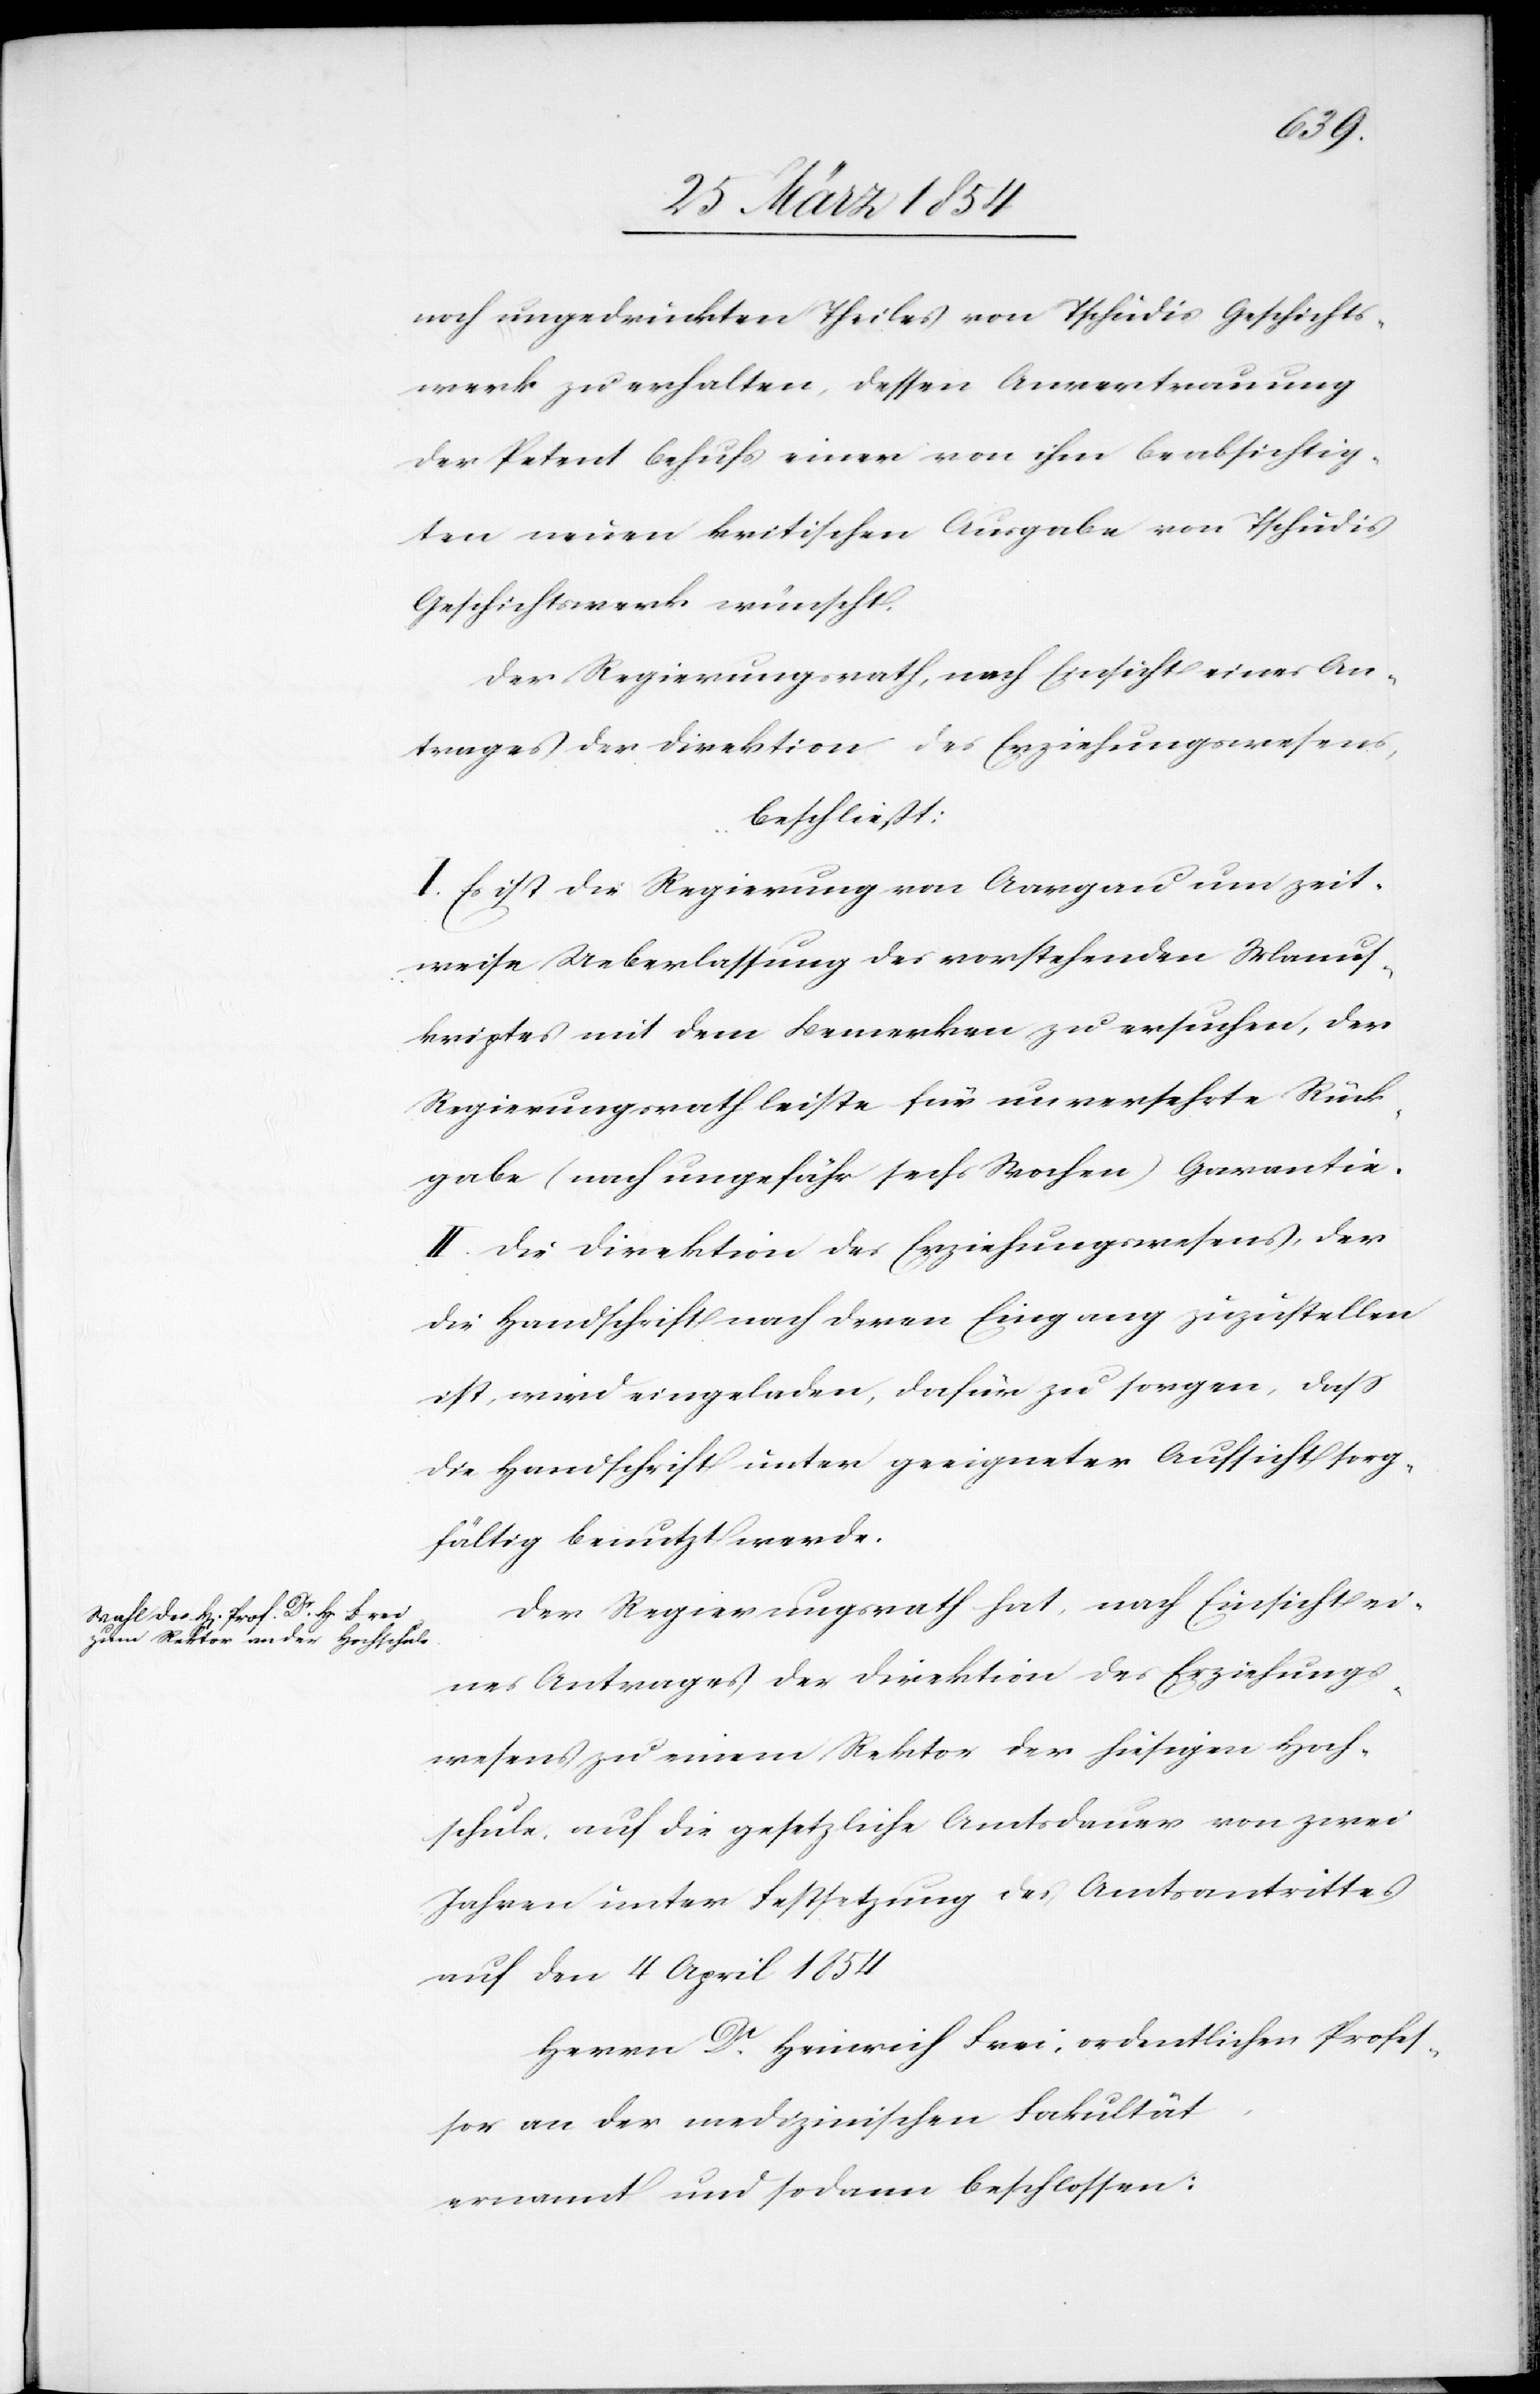
noch ungedruckten Theiles von Tschudis Geschichts¬
werk zu erhalten, dessen Anvertrauung
der Petent behufs einer von ihm beabsichtig¬
en neuen kritischen Ausgabe von Tschudis
Geschichtswerk wünscht.
Der Regierungsrath, nach Einsicht eines An¬
trages der Direktion des Erziehungswesens,
beschließt
I. Es ist die Regierung von Aargau um zeit¬
weise Ueberlassung des vorstehenden Manus¬
kriptes mit dem Bemerken zu ersuchen, der
Regierungsrath leiste für unversehrte Rück¬
gabe (nach ungefähr sechs Wochen) Garantie.
II. Die Direktion des Erziehungswesens, der
die Handschrift nach deren Eingang zuzustellen
ist, wird eingeladen, dafür zu sorgen, daß
die Handschrift unter geeigneter Aufsicht sorg¬
fältig benutzt werde.
Der Regierungsrath hat, nach Einsicht ei¬
nes Antrages der Direktion des Erziehungs¬
wesens zu einem Rektor der hiesigen Hoch¬
schule, auf die gesetzliche Amtsdauer von zwei
Jahren unter Festsetzung des Amtsantrittes
auf den 4 April 1854
Herrn Dr Heinrich Frei, ordentlichen Profes¬
sor an der medizinischen Fakultät,
ernannt und sodann beschlossen: